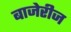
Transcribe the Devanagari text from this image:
बाजेरीज